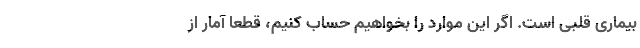
بیماری قلبی است. اگر این موارد را بخواهیم حساب کنیم، قطعاً آمار از